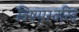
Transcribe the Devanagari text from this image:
विषमस्वरित